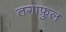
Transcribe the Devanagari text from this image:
तगाफ़ुल